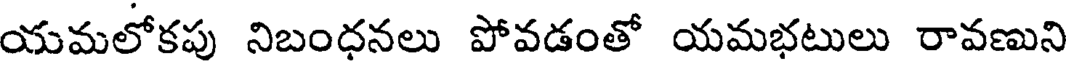
యమలోకపు నిబంధనలు పోవడంతో యమభటులు రావణుని